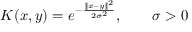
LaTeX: K ( x , y ) = e ^ { - { \frac { \| x - y \| ^ { 2 } } { 2 \sigma ^ { 2 } } } } , \qquad \sigma > 0